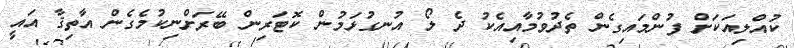
ކުއްލިއަކަށް ފުންމައިގެން ތެދުވުމާއިއެކު ދެ ލޯ އުނގުޅަމުން ކޮޓަރިން ބޭރަށްނިކުމެގެން އާތިޤާ އައީ